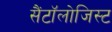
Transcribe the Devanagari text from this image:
सैंटॉलोजिस्ट